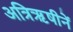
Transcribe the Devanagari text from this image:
अत्रिॠषीनें